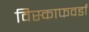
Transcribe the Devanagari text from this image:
विस्काफवर्डा